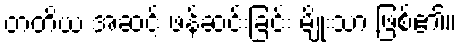
တတိယ အဆင့် ဖန်ဆင်းခြင်း မျိုးသာ ဖြစ်၏။